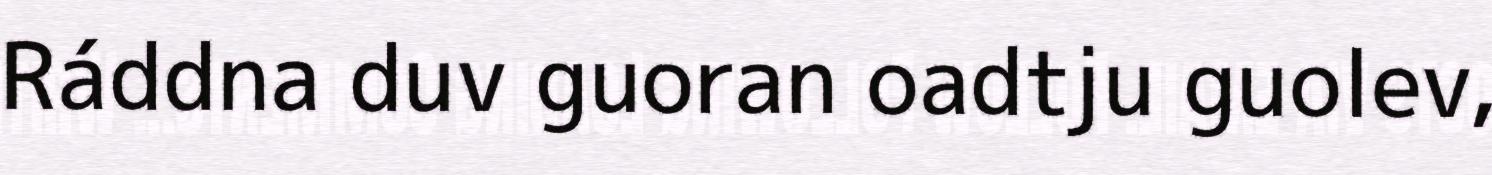
Ráddna duv guoran oadtju guolev,